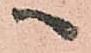
へ